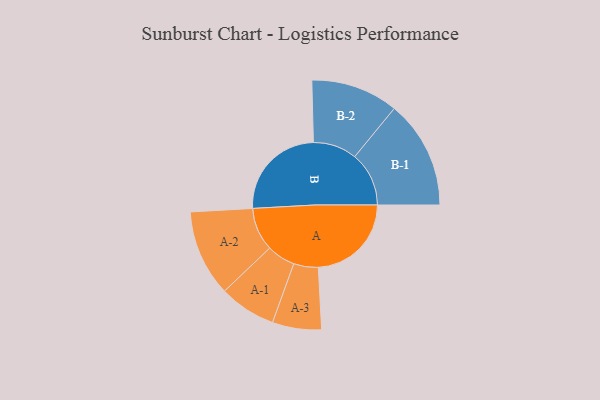
{"axis": {"x": "Segment", "y": "Value"}, "legend": ["", "A", "B"], "data": [{"x": "A", "y": 383, "type": ""}, {"x": "B", "y": 404, "type": ""}, {"x": "A-1", "y": 117, "type": "A"}, {"x": "A-2", "y": 178, "type": "A"}, {"x": "A-3", "y": 101, "type": "A"}, {"x": "B-1", "y": 223, "type": "B"}, {"x": "B-2", "y": 180, "type": "B"}]}